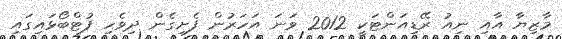
މާޒިޔާ އާއި ނިއު ރޭޑިއަންޓަކީ 2012 ވަނަ އަހަރުން ފެށިގެން ދިވެހި ފުޓްބޯޅައިގައި